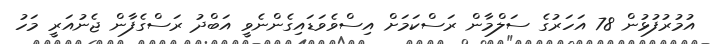
އުމުރުފުޅުން 78 އަހަރުގެ ސަލްމާން ރަސްކަމަށް އިސްވެވަޑައިގެންނެވީ އަބްދު ރަސްގެފާން ޖެނުއަރީ މަހު